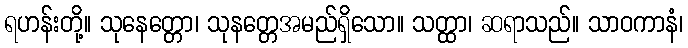
ရဟန်းတို့။ သုနေတ္တော၊ သုနတ္တေအမည်ရှိသော။ သတ္ထာ၊ ဆရာသည်။ သာဝကာနံ၊